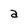
Character: a